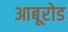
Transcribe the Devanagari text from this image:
आबूरोड